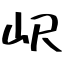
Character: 𡵸